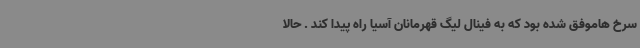
سرخ هاموفق شده بود که به فینال لیگ قهرمانان آسیا راه پیدا کند . حالا